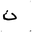
Letter: _non